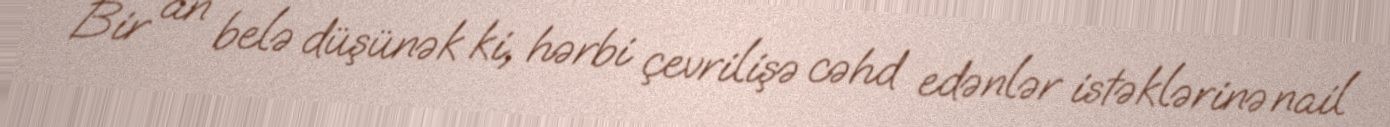
Bir an belə düşünək ki, hərbi çevrilişə cəhd edənlər istəklərinə nail